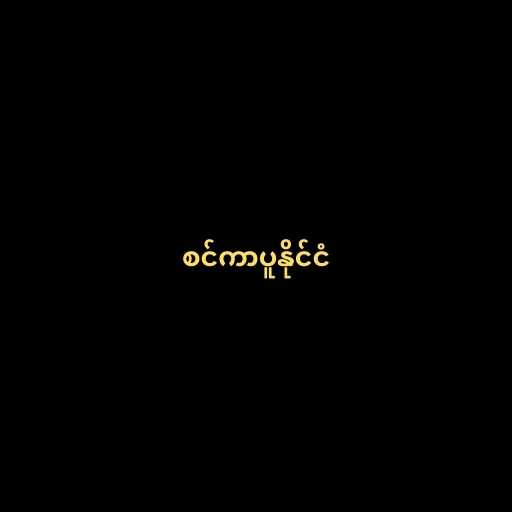
စင်ကာပူနိုင်ငံ